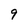
Character: 9